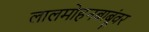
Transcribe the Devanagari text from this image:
लालमोहनबाबूंवर